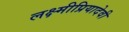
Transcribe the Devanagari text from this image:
लक्ष्मीप्रियादेवी